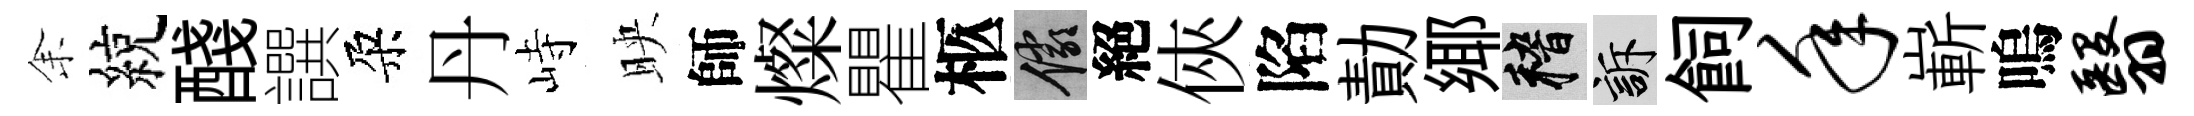
𪜬綂醆譔朶丹峙映師燦瞿柩儼絕俠陷勣鄊稽訴飼年嶄嗚翳